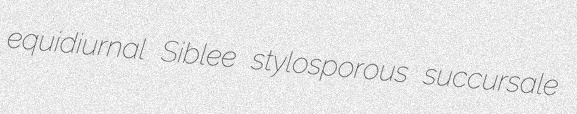
equidiurnal Siblee stylosporous succursale